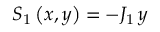
S _ { 1 } \left( x , y \right) = - J _ { 1 } \, y